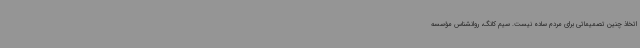
اتخاذ چنین تصمیماتی برای مردم ساده نیست. سیم کانگ، روانشناس مؤسسه